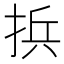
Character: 捠